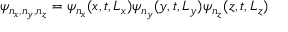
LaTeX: \psi _ { n _ { x } , n _ { y } , n _ { z } } = \psi _ { n _ { x } } ( x , t , L _ { x } ) \psi _ { n _ { y } } ( y , t , L _ { y } ) \psi _ { n _ { z } } ( z , t , L _ { z } )